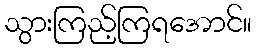
သွားကြည့်ကြရအောင်။